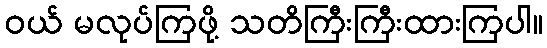
ဝယ် မလုပ်ကြဖို့ သတိကြီးကြီးထားကြပါ။